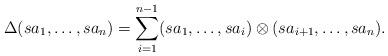
LaTeX: \begin{align*}\Delta(sa_1,\ldots,s a_n)=\sum_{i=1}^{n-1} (sa_1,\ldots,sa_i)\otimes (sa_{i+1},\ldots,sa_n).\end{align*}